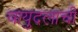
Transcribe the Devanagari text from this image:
वायुदलाची